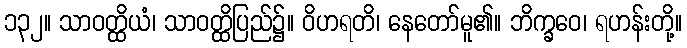
၁၃၂။ သာဝတ္ထိယံ၊ သာဝတ္ထိပြည်၌။ ဝိဟရတိ၊ နေတော်မူ၏။ ဘိက္ခဝေ၊ ရဟန်းတို့။